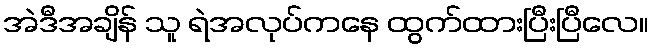
အဲဒီအချိန် သူ ရဲအလုပ်ကနေ ထွက်ထားပြီးပြီလေ။